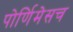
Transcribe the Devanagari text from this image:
पोर्णिमेसच